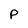
Character: P